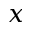
x